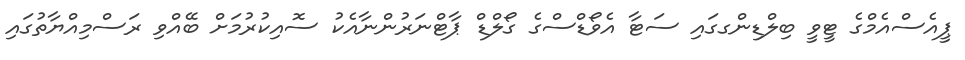
ޕީއެސްއެމްގެ ޓީވީ ބިލްޑިންގގައި ސަޓާ އެވޯޑްސްގެ ގޯލްޑް ޕާޓްނަރުންނާއެކު ސޮއިކުރުމަށް ބޭއްވި ރަސްމިއްޔާތުގައި